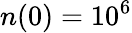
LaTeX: n(0)=10^{6}